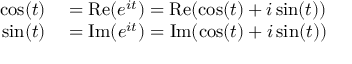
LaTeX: \begin{array} { r l } { \cos ( t ) } & { { } = \operatorname { R e } ( e ^ { i t } ) = \operatorname { R e } ( \cos ( t ) + i \sin ( t ) ) } \\ { \sin ( t ) } & { { } = \operatorname { I m } ( e ^ { i t } ) = \operatorname { I m } ( \cos ( t ) + i \sin ( t ) ) } \end{array}